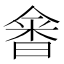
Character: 𰖗